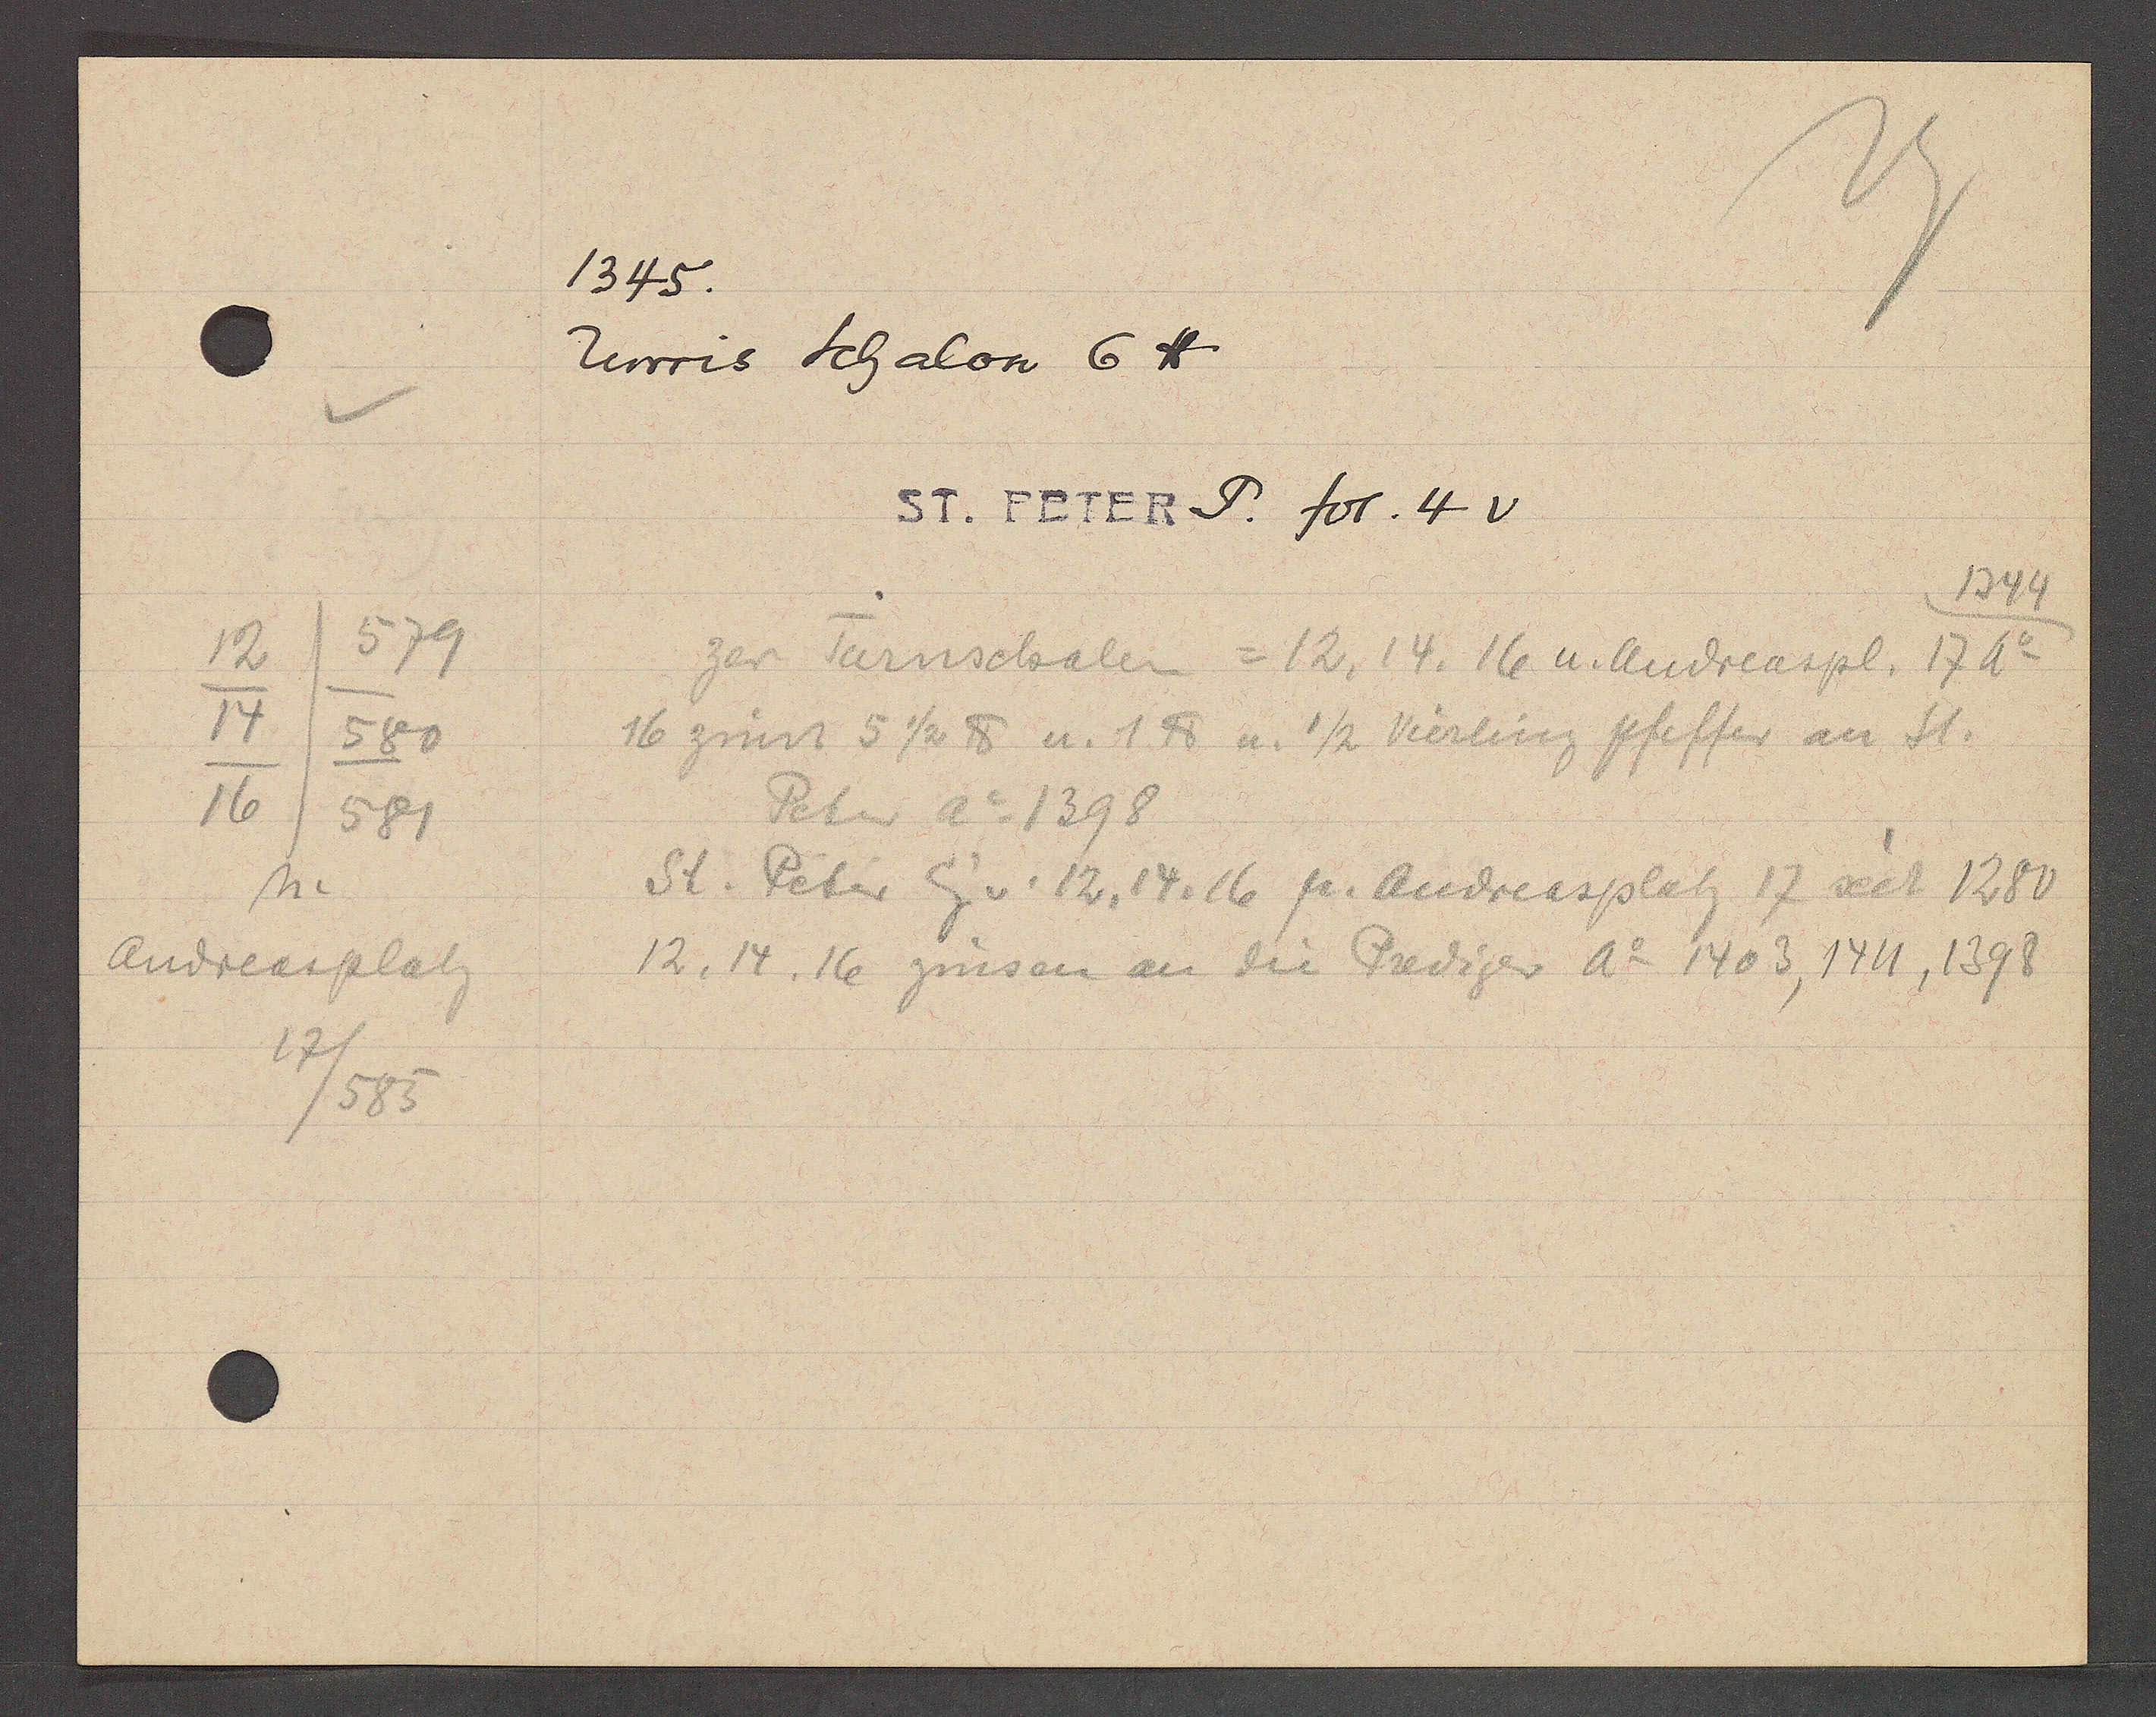
Transcript:
579
12
14
580
16
581
n.
Andreasplatz
17/
/585

1345.

Terwis Schalon 6℔.

ST. PETER P. fol. 4v

zer Tarnschalen = 12, 14. 16 u. Andreaspl. 17 Ao
16 zinst 5 ½ ℔ u. 1℔ u. ½ Vierling pfeffer an St.
Peter Ao 1398
St. Peter Eig v. 12, 14, 16 p. Andreasplatz 17 seit 1280
12, 14, 16 zinsen an die Prediger Ao 1403, 1411, 1398